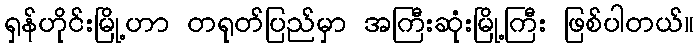
ရှန်ဟိုင်းမြို့ဟာ တရုတ်ပြည်မှာ အကြီးဆုံးမြို့ကြီး ဖြစ်ပါတယ်။